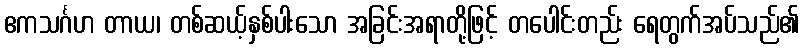
ဧကသင်္ဂဟ တာယ၊ တစ်ဆယ့်နှစ်ပါးသော အခြင်းအရာတို့ဖြင့် တပေါင်းတည်း ရေတွက်အပ်သည်၏